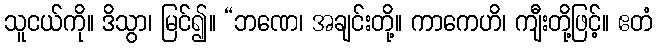
သူငယ်ကို။ ဒိသွာ၊ မြင်၍။ “ဘဏေ၊ အချင်းတို့။ ကာကေဟိ၊ ကျီးတို့ဖြင့်။ ဧတံ